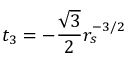
t _ { 3 } = - \frac { \sqrt { 3 } } { 2 } r _ { s } ^ { - 3 / 2 }